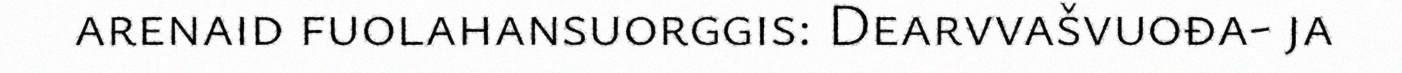
arenaid fuolahansuorggis: Dearvvašvuođa- ja